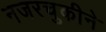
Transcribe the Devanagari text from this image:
नजरचुकीने